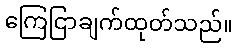
ကြေငြာချက်ထုတ်သည်။